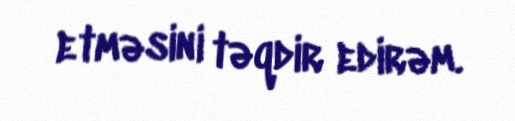
etməsini təqdir edirəm.